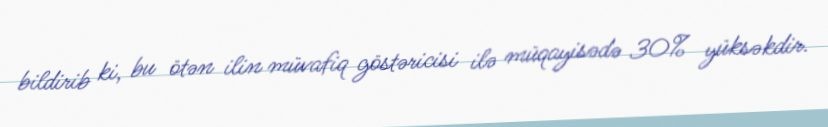
bildirib ki, bu ötən ilin müvafiq göstəricisi ilə müqayisədə 30% yüksəkdir.